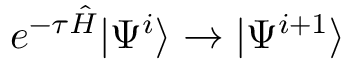
e ^ { - \tau \hat { H } } | \Psi ^ { i } \rangle \rightarrow | \Psi ^ { i + 1 } \rangle